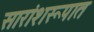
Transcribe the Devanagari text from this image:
सारांशरूपात